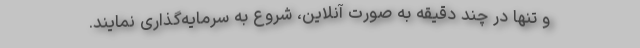
و تنها در چند دقیقه به صورت آنلاین، شروع به سرمایه‌گذاری نمایند.